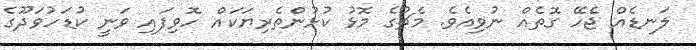
ލަނޑެއް ޖެހޭ ގޮތެއް ނުވިއެވެ. މެޗުގެ މޮޅު ކުޅުންތެރިޔަކައް ހޮވިފައި ވަނީ ކުޑަހުވަދޫގެ